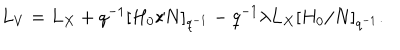
L _ { V } = L _ { X } + q ^ { - 1 } [ H _ { 0 } / N ] _ { q ^ { - 1 } } - q ^ { - 1 } \lambda L _ { X } [ H _ { 0 } / N ] _ { q ^ { - 1 } } .